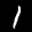
Label: 1